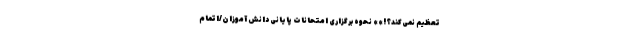
تعظیم نمی‌کند؟!»» نحوه برگزاری امتحانات پایانی دانش آموزان/اتمام